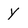
Character: y